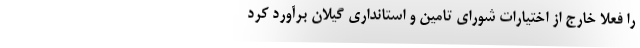
را فعلا خارج از اختیارات شورای تامین و استانداری گیلان برآورد کرد